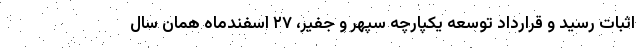
اثبات رسید و قرارداد توسعه یکپارچه سپهر و جفیر، ۲۷ اسفندماه همان سال